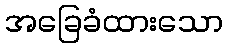
အခြေခံထားသော